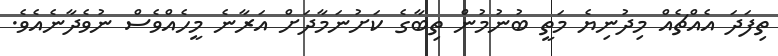
ތިފަދަ އެއްޗެއް މިދުނިޔެ މަތީ ބުނުމުން ތިބާގެ ކަށުނަމާދަށް އަރާނެ މީހެއްވެސް ނުވެދާނެއެވެ.